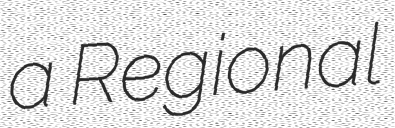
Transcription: a Regional